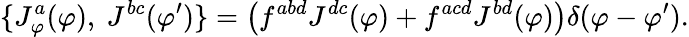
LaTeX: \{ J_{\varphi}^{a}(\varphi),~J^{bc}(\varphi^{\prime})\} =\left(f^{abd}J^{dc}(\varphi)+f^{acd}J^{bd}(\varphi)\right)\delta(\varphi-\varphi^{\prime}).